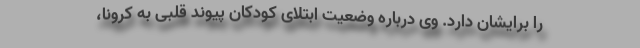
را برایشان دارد. وی درباره وضعیت ابتلای کودکان پیوند قلبی به کرونا،